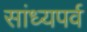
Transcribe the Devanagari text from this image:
सांध्यपर्व